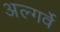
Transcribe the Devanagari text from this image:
अल्गर्वे